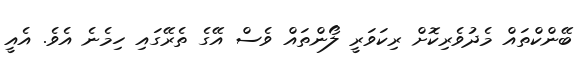
ބޭންކްތައް މެދުވެރިކޮށް ރިކަވަރީ ލޯންތައް ވެސް އޭގެ ތެރޭގައި ހިމެނެ އެވެ. އެއީ